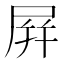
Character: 屛